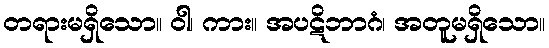
တရားမရှိသော။ ဝါ၊ ကား။ အပဋိဘာဂံ၊ အတူမရှိသော။